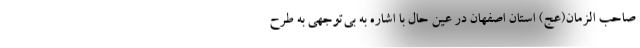
صاحب الزمان(عج) استان اصفهان در عین حال با اشاره به بی‌توجهی به طرح